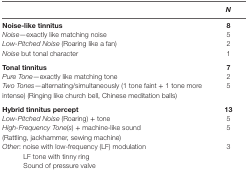
|  | N |
 | --- | --- |
 | Noise-like tinnitus | 8 |
 | Noise—exactly like matching noise | 5 |
 | Low-Pitched Noise (Roaring like a fan) | 2 |
 | Noise but tonal character | 1 |
 | Tonal tinnitus | 7 |
 | Pure Tone—exactly like matching tone | 2 |
 | Two Tones—alternating/simultaneously (1 tone faint + 1 tone more intense) (Ringing like church bell, Chinese meditation balls) | 5 |
 | Hybrid tinnitus percept | 13 |
 | Low-Pitched Noise (Roaring) + tone | 5 |
 | High-Frequency Tone(s) + machine-like sound (Rattling, jackhammer, sewing machine) | 5 |
 | Other: noise with low-frequency (LF) modulation | <ROWSPAN=3> 3 |
 | LF tone with tinny ring |
 | Sound of pressure valve |